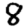
Digit: 8